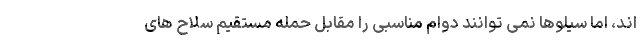
اند، اما سیلوها نمی توانند دوام مناسبی را مقابل حمله مستقیم سلاح های